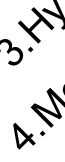
4 . H